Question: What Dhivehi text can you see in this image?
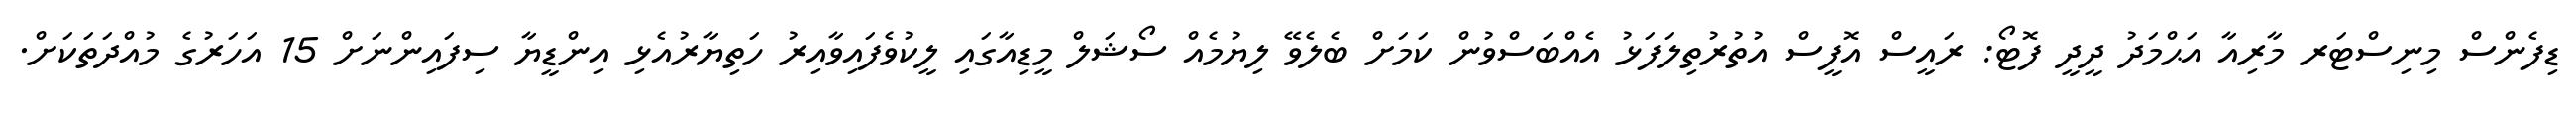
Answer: ޑިފެންސް މިނިސްޓަރ މާރިއާ އަޙްމަދު ދީދީ ފޮޓޯ: ރައީސް އޮފީސް އުތުރުތިލަފަޅު އެއްބަސްވުން ކަމަށް ބެލެވޭ ލިޔުމެއް ސޯޝަލް މީޑިއާގައި ލީކުވެފައިވާއިރު ހަތިޔާރުއެޅި އިންޑީޔާ ސިފައިންނަށް 15 އަހަރުގެ މުއްދަތަކަށް.